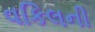
વકિલની